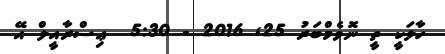
ހާލަކީ ތީ ނޮވެމްބަރު 25